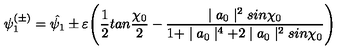
\psi _ { 1 } ^ { ( \pm ) } = \hat { \psi _ { 1 } } \pm \varepsilon \Biggl ( \frac { 1 } { 2 } t a n \frac { \chi _ { 0 } } { 2 } - \frac { \mid a _ { 0 } \mid ^ { 2 } s i n \chi _ { 0 } } { 1 + \mid a _ { 0 } \mid ^ { 4 } + 2 \mid a _ { 0 } \mid ^ { 2 } s i n \chi _ { 0 } } \Biggr )